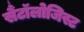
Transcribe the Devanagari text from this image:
सैंटॉलोजिस्ट